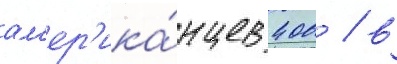
ам'ер'ика́нцев 400 / в